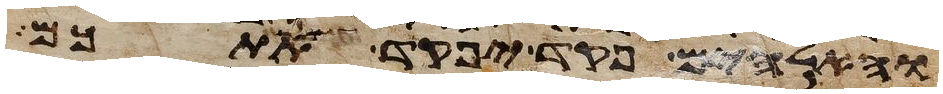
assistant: והאלהים פקד יפקד אתכם